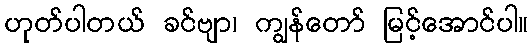
ဟုတ်ပါတယ် ခင်ဗျာ၊ ကျွန်တော် မြင့်အောင်ပါ။